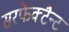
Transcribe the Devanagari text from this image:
सरफेक्टैन्ट